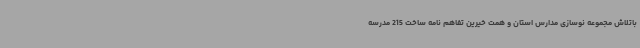
باتلاش مجموعه نوسازی مدارس استان و همت خیرین تفاهم نامه ساخت 215 مدرسه